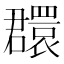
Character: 𦌺